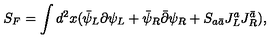
S _ { F } = \int d ^ { 2 } x ( \bar { \psi } _ { L } \partial \psi _ { L } + \bar { \psi } _ { R } \bar { \partial } \psi _ { R } + S _ { a \bar { a } } J _ { L } ^ { a } J _ { R } ^ { \bar { a } } ) ,